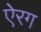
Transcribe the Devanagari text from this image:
ऐरग